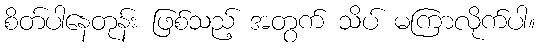
စိတ်ပါနေတုန်း ဖြစ်သည့် အတွက် သိပ် မကြာလိုက်ပါ။